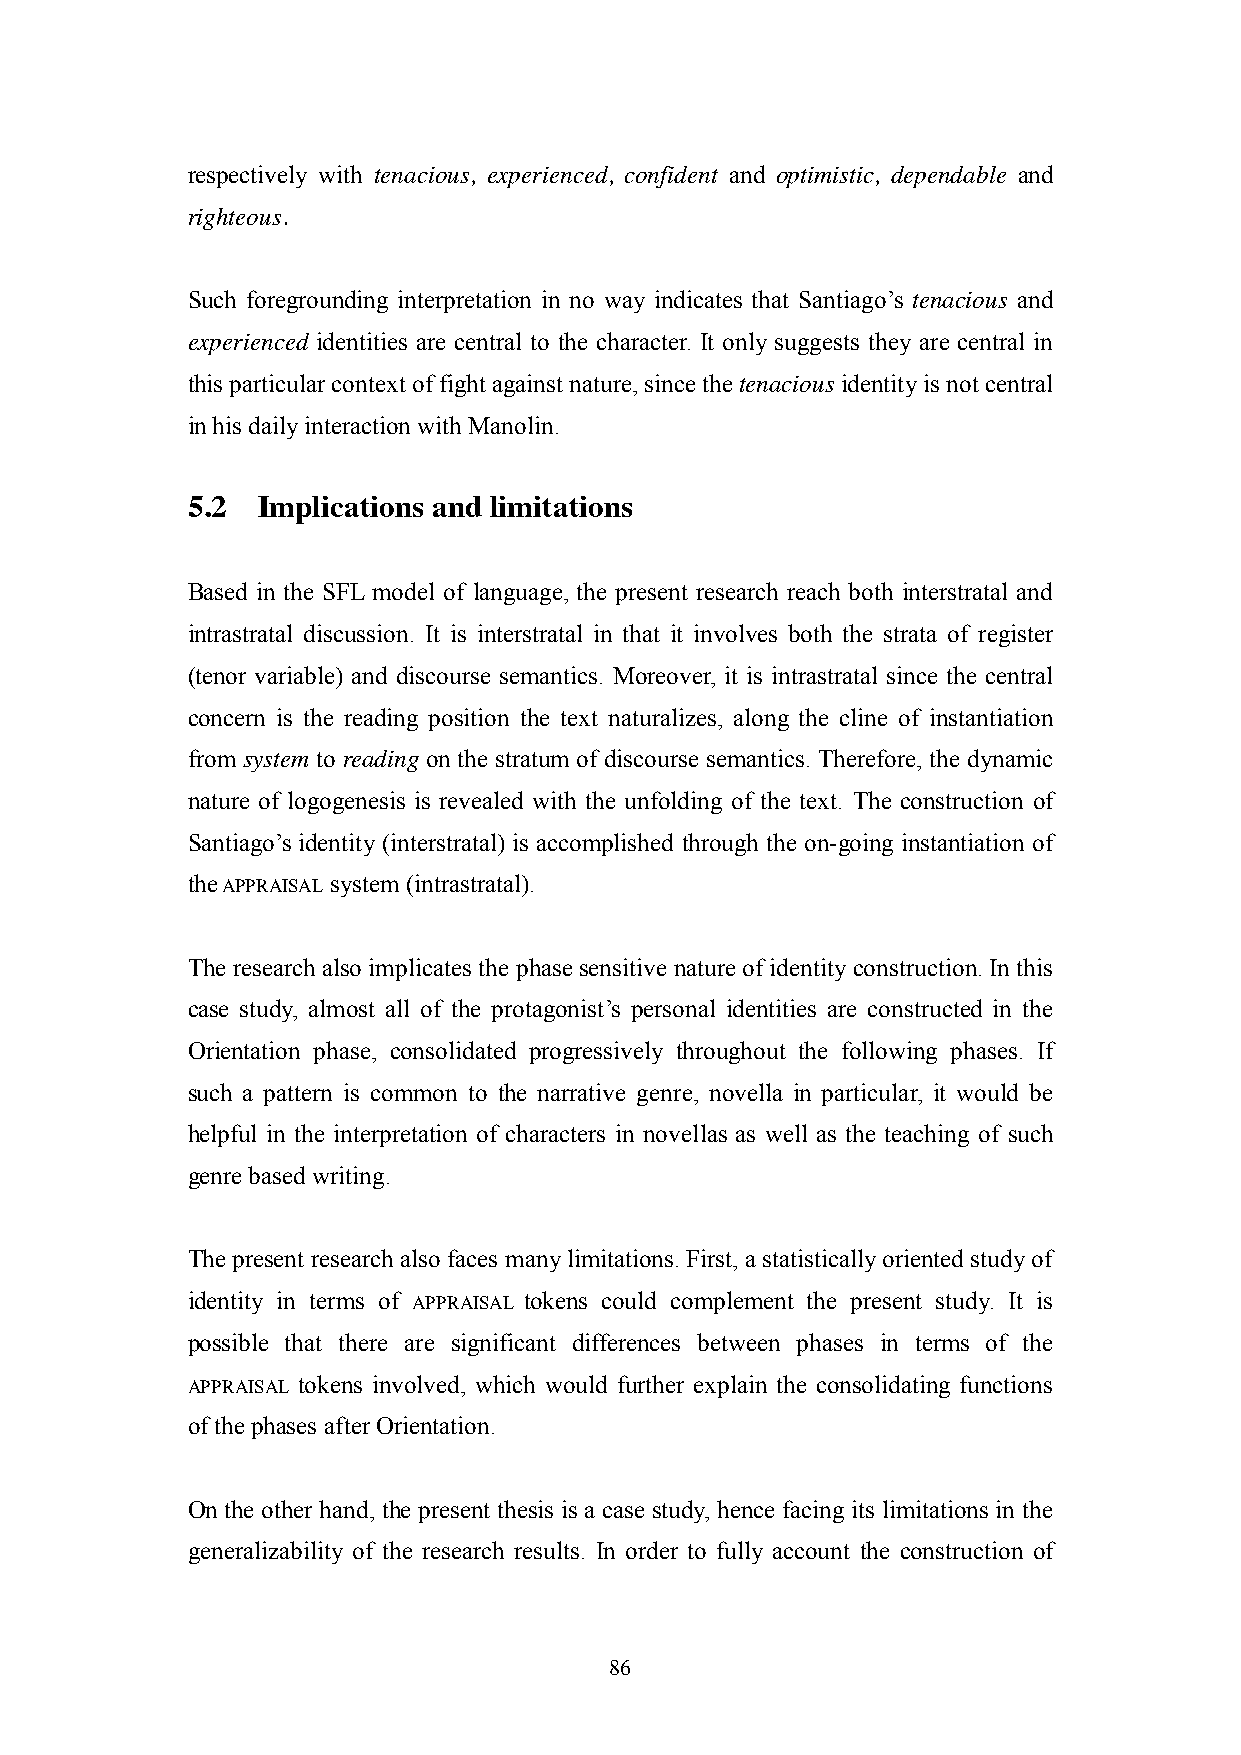
respectively with tenacious, experienced, confident and optimistic, dependable and
 righteous.
 Such foregrounding interpretation in no way indicates that Santiago‘s tenacious and
 experienced identities are central to the character. It only suggests they are central in
 this particular context of fight against nature, since the tenacious identity is not central
 in his daily interaction with Manolin.
 5.2  Implications and limitations
 Based in the SFL model of language, the present research reach both interstratal and
 intrastratal discussion. It is interstratal in that it involves both the strata of register
 (tenor variable) and discourse semantics. Moreover, it is intrastratal since the central
 concern is the reading position the text naturalizes, along the cline of instantiation
 from system to reading on the stratum of discourse semantics. Therefore, the dynamic
 nature of logogenesis is revealed with the unfolding of the text. The construction of
 Santiago‘s identity (interstratal) is accomplished through the on-going instantiation of
 the APPRAISAL system (intrastratal).
 The research also implicates the phase sensitive nature of identity construction. In this
 case study, almost all of the protagonist‘s personal identities are constructed in the
 Orientation phase, consolidated progressively throughout the following phases. If
 such a pattern is common to the narrative genre, novella in particular, it would be
 helpful in the interpretation of characters in novellas as well as the teaching of such
 genre based writing.
 The present research also faces many limitations. First, a statistically oriented study of
 identity in terms of APPRAISAL tokens could complement the present study. It is
 possible that there are significant differences between phases in terms of the
 APPRAISAL tokens involved, which would further explain the consolidating functions
 of the phases after Orientation.
 On the other hand, the present thesis is a case study, hence facing its limitations in the
 generalizability of the research results. In order to fully account the construction of
 86